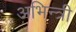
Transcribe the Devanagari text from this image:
अभिन्त्री